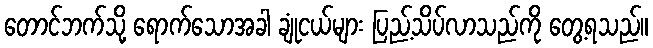
တောင်ဘက်သို့ ရောက်သောအခါ ချုံငယ်များ ပြည့်သိပ်လာသည်ကို တွေ့ရသည်။